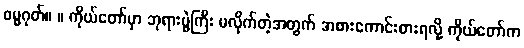
ဓမ္မဂုတ်။ ။ ကိုယ်တော်မှာ ဘုရားပွဲကြီး မလိုက်တဲ့အတွက် အစားကောင်းစားရလို့ ကိုယ်တော်က